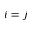
i = j